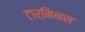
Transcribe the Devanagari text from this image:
टार्मिनस